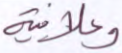
وعلانية